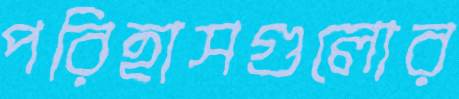
পরিহাসগুলোর